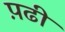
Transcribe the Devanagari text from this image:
प़ढी